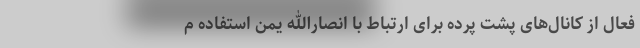
فعال از کانال‌های پشت پرده برای ارتباط با انصارالله یمن استفاده م